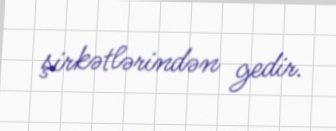
şirkətlərindən gedir.